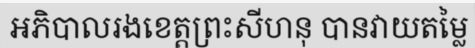
អភិបាលរងខេត្តព្រះសីហនុ បានវាយតម្លៃ